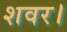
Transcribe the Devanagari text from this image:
शवर।